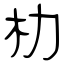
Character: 朸